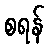
စရန်